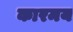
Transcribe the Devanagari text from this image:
कारमय